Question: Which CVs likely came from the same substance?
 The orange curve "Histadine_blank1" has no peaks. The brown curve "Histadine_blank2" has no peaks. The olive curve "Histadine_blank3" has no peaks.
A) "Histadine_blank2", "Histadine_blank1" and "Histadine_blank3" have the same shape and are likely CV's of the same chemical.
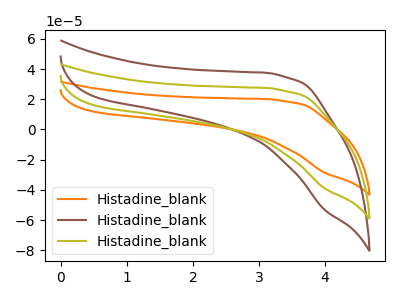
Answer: <think>Neither "Histadine_blank1" or "Histadine_blank2" have any peaks. Neither "Histadine_blank1" or "Histadine_blank3" have any peaks. Neither "Histadine_blank2" or "Histadine_blank3" have any peaks.
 </think>
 <answer>A) "Histadine_blank2", "Histadine_blank1" and "Histadine_blank3" have the same shape and are likely CV's of the same chemical.</answer>
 <eval>A</eval>